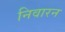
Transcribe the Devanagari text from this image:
निवारन